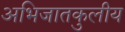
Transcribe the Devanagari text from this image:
अभिजातकुलीय